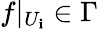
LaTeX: f|_{U_{\mathbf{i}}}\in\Gamma